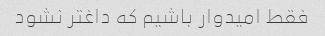
فقط امیدوار باشیم که داغتر نشود